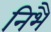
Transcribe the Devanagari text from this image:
निभै